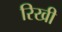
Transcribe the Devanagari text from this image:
रिखी